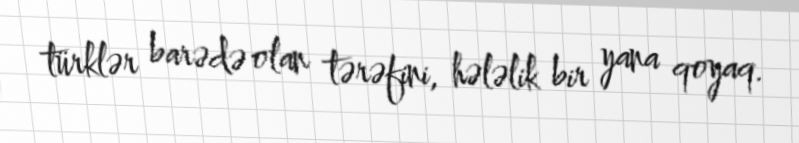
türklər barədə olan tərəfini, hələlik bir yana qoyaq.